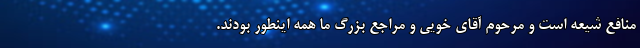
منافع شیعه است و مرحوم آقای خویی و مراجع بزرگ ما همه اینطور بودند.